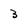
Character: 3